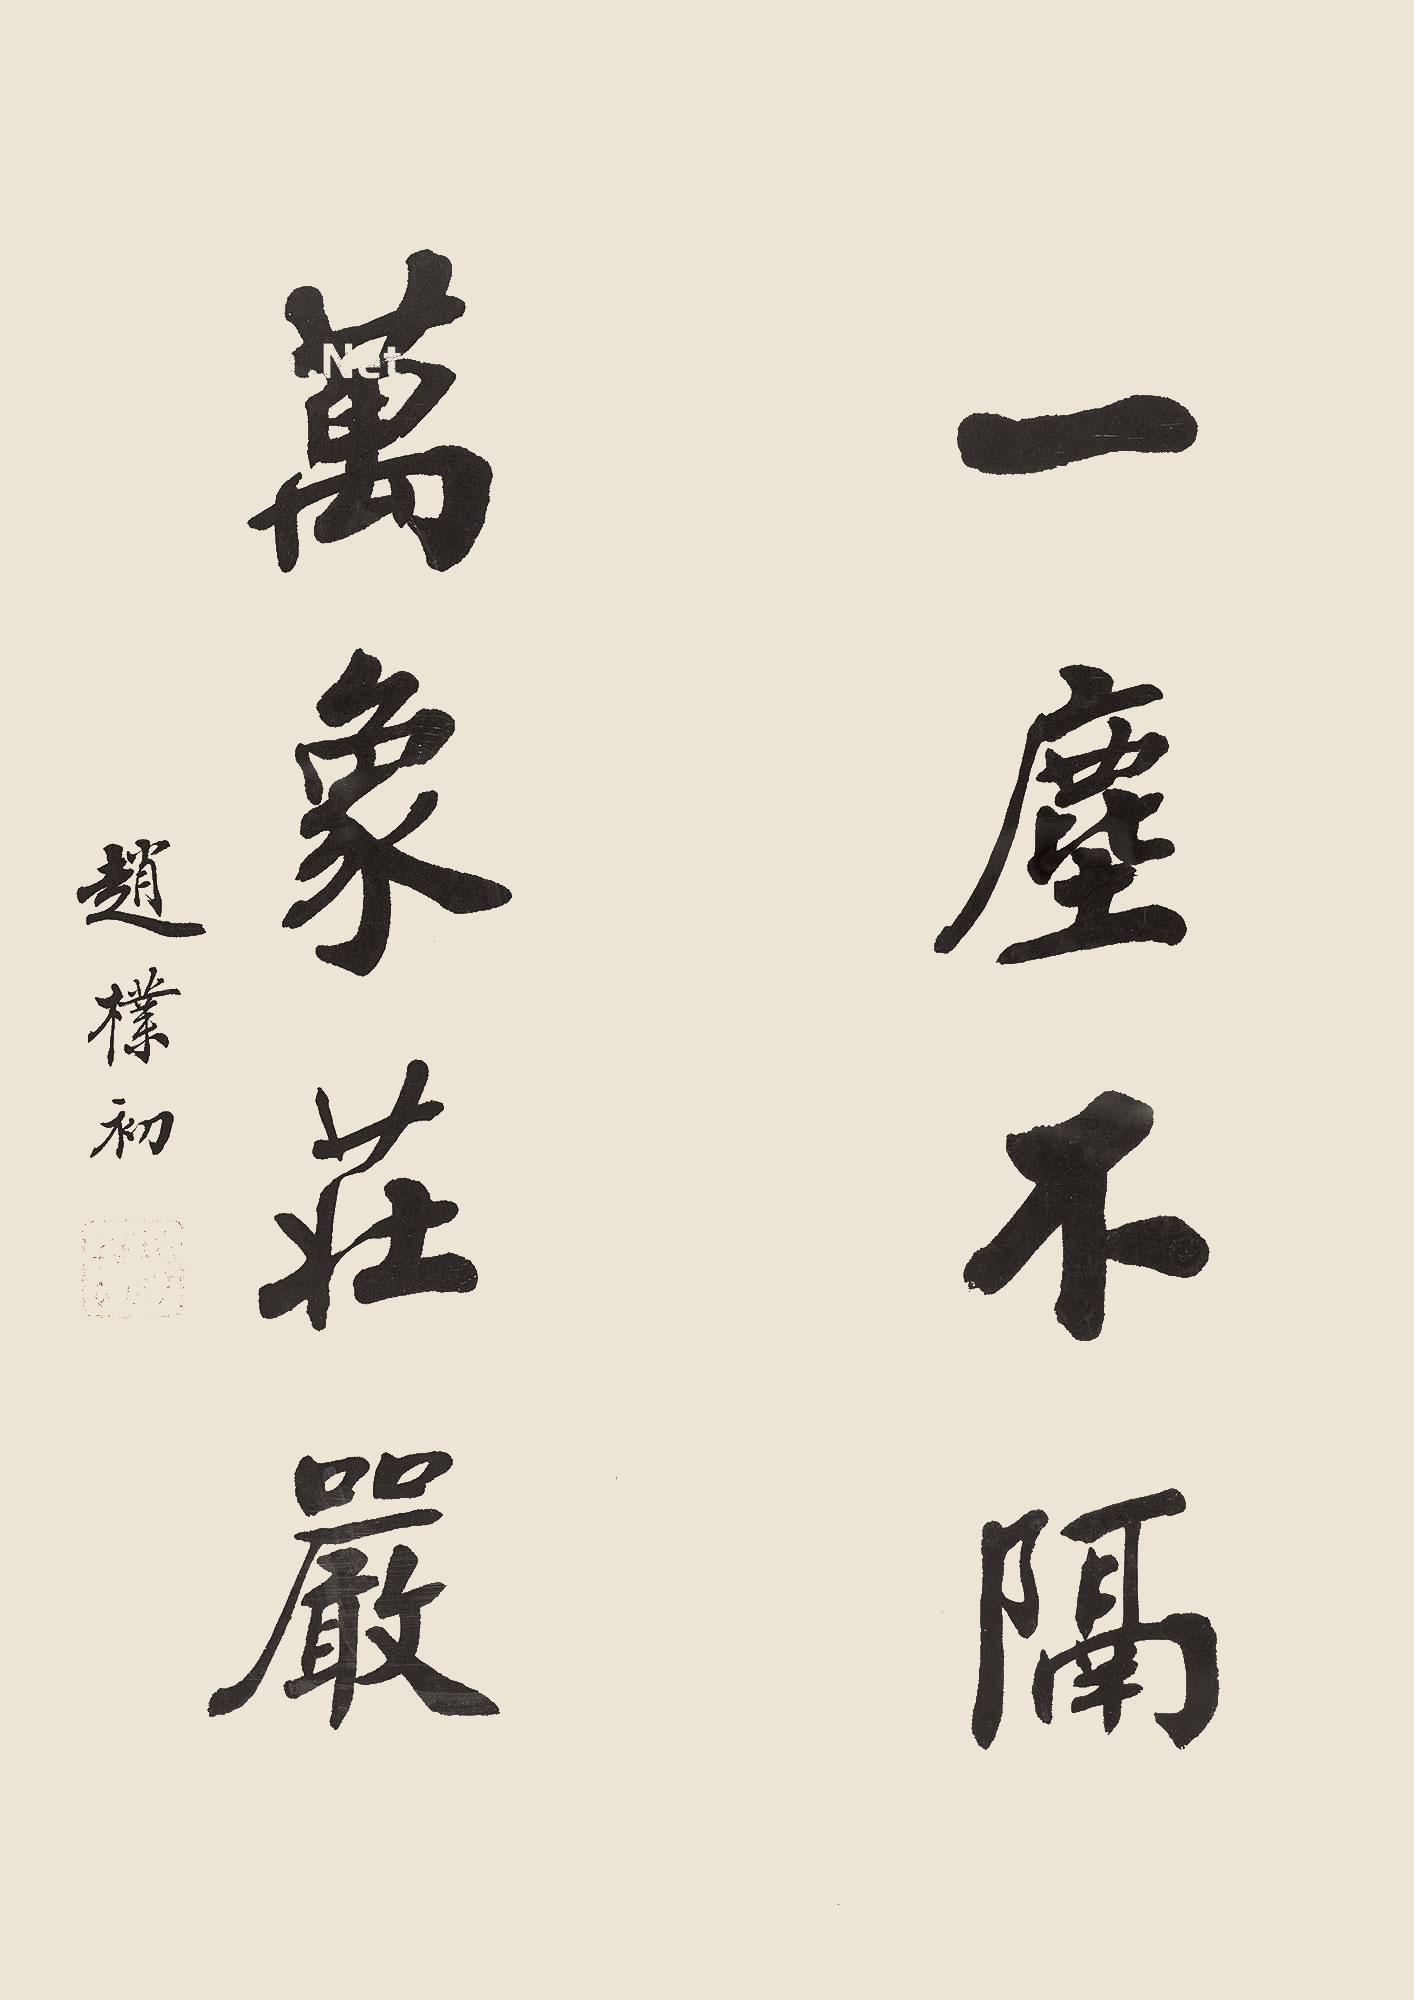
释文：一尘不隔，万象庄严。赵朴初。